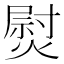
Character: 熨